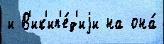
и В'ик'ип'е́д'иjи на она́